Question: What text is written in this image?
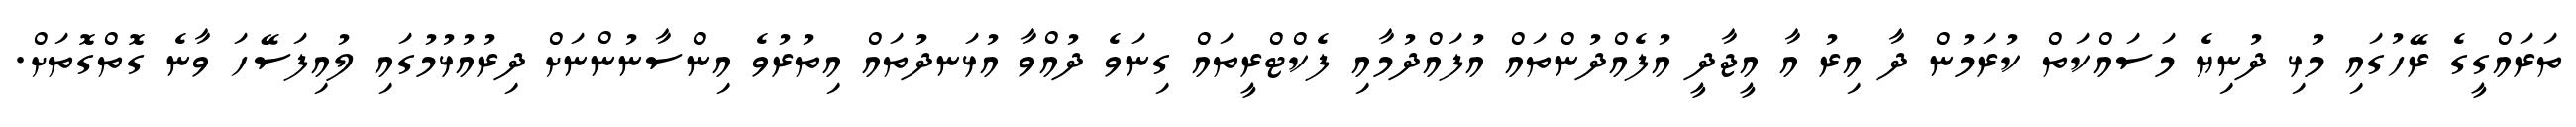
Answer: ތަރައްގީގެ ރޭހުގައި މުޅި ދުނިޔެ މަސައްކަތް ކުރަމުން ދާ އިރު އާ އީޖާދީ އުފެއްދުންތައް އުފައްދުމާއި ފެކްޓްރީތައް ގިނަވެ ދުއްވާ އުޅަނދުތައް އިތުރުވެ އިންސާނުންނަށް ދިރުއުޅުމުގައި ލުއިފަސޭހަ ވާނެ ގޮތްގޮތަށް.